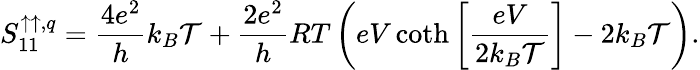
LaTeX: S_{11}^{\uparrow\uparrow,q}=\frac{4e^{2}}{h}k_{B}\mathcal{T}+\frac{2e^{2}}{h}RT\left(eV\coth\bigg[\frac{eV}{2k_{B}\mathcal{T}}\bigg]-2k_{B}\mathcal{T}\right).